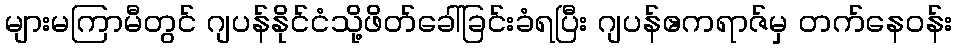
များမကြာမီတွင် ဂျပန်နိုင်ငံသို့ဖိတ်ခေါ်ခြင်းခံရပြီး ဂျပန်ဧကရာဇ်မှ တက်နေဝန်း